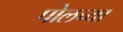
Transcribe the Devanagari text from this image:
पोलच्या